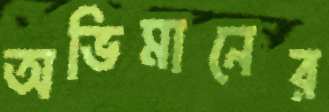
অভিমানের